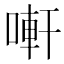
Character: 𠻃